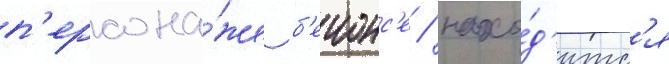
п'ерсона́же б'еионс'е / нахо́д'итс'я